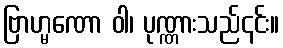
ဗြာဟ္မဏော ဝါ၊ ပုဏ္ဏားသည်၎င်း။